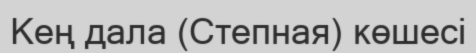
Кең дала (Степная) көшесі